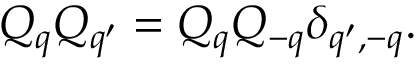
Q _ { q } Q _ { q ^ { \prime } } = Q _ { q } Q _ { - q } \delta _ { q ^ { \prime } , - q } .